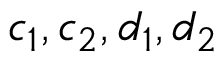
c _ { 1 } , c _ { 2 } , d _ { 1 } , d _ { 2 }